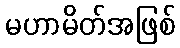
မဟာမိတ်အဖြစ်